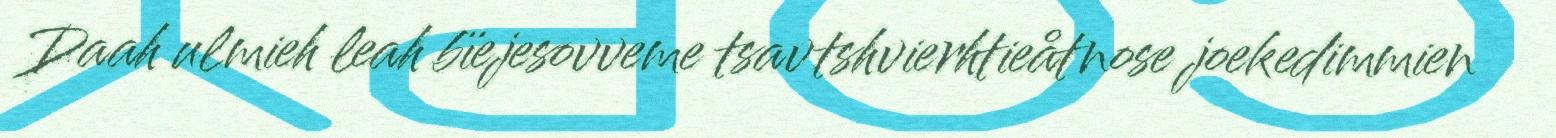
Daah ulmieh leah bïejesovveme tsavtshvierhtieåtnose joekedimmien